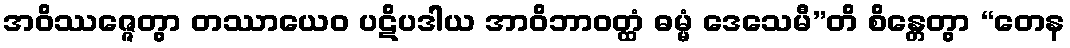
အဝိဿဇ္ဇေတွာ တဿာယေဝ ပဋိပဒါယ အာဝိဘာဝတ္ထံ ဓမ္မံ ဒေသေမီ”တိ စိန္တေတွာ “တေန